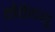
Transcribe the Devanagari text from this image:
मेकेदाटू